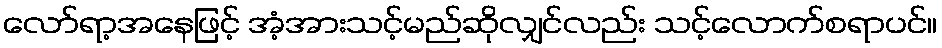
လော်ရာ့အနေဖြင့် အံ့အားသင့်မည်ဆိုလျှင်လည်း သင့်လောက်စရာပင်။